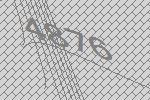
4876